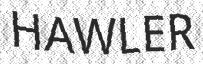
HAWLER